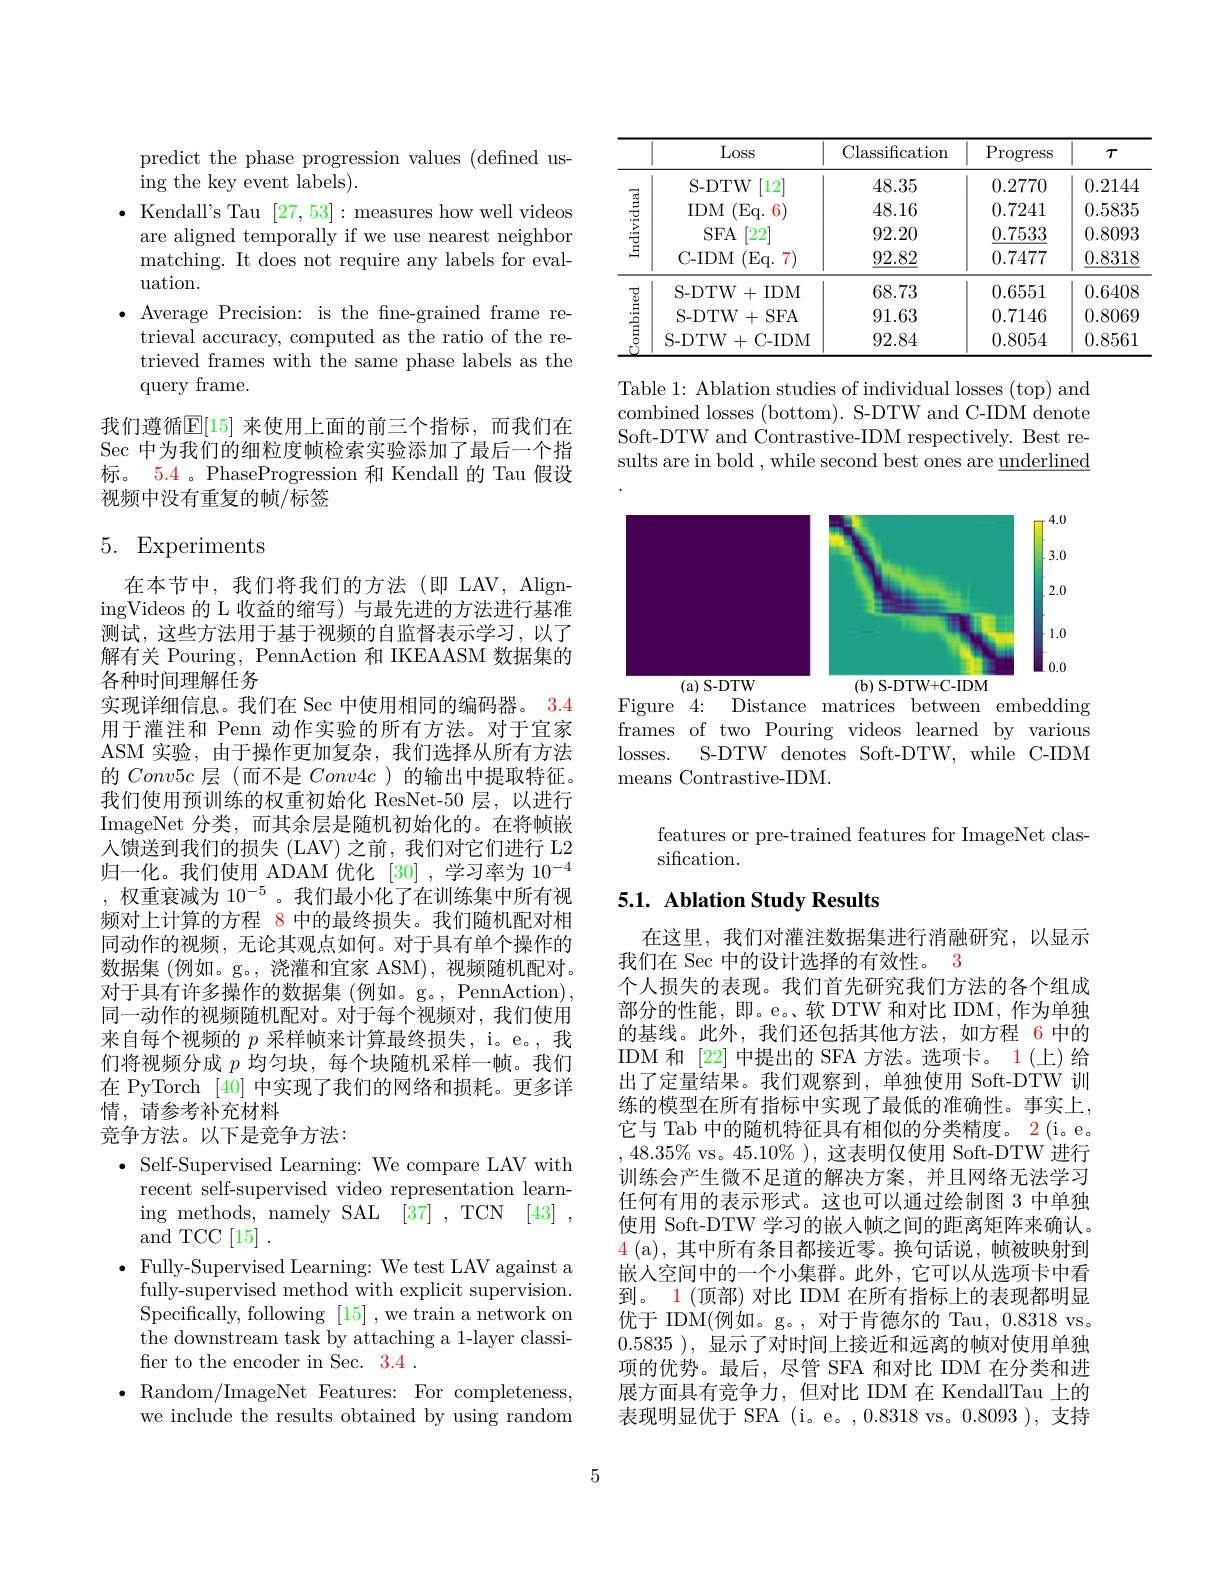
predict the phase progression values (defined us-
ing the key event labels).
$\bullet$ Kendall's Tau [27,53]: measures how well videos
are aligned temporally if we use nearest neighbor matching. It does not require any labels for evaluation.
$\bullet$ Average Precision: is the fne-grained frame re-
trieval accuracy, computed as the ratio of the retrieved frames with the same phase labels as the query frame.

我们遵循$\mathbb{E}[15]$ 来使用上面的前三个指标，而我们在Sec 中为我们的细粒度帧检索实验添加了最后一个指标。5.4 。PhaseProgression 和 Kendall 的 Tau 假设视频中没有重复的帧/标签

## 5. Experiments

在本节中，我们将我们的方法(即 LAV, AligningVideos 的 L 收益的缩写) 与最先进的方法进行基准测试，这些方法用于基于视频的自监督表示学习，以了解有关 Pouring, PennAction 和 IKEAASM 数据集的各种时间理解任务
实现详细信息。我们在 Sec 中使用相同的编码器。3.4用于灌注和 Penn 动作实验的所有方法。对于宜家ASM 实验，由于操作更加复杂，我们选择从所有方法的$Conv5c$层 (而不是$Conv4c$ )的输出中提取特征。我们使用预训练的权重初始化 ResNet-50 层，以进行ImageNet 分类，而其余层是随机初始化的。在将帧嵌人馈送到我们的损失 (LAV) 之前，我们对它们进行 L2归一化。我们使用 ADAM 优化 [30],学习率为 10$^{-4}$ ,权重衰减为$10^{-5}$。我们最小化了在训练集中所有视频对上计算的方程 8 中的最终损失。我们随机配对相同动作的视频，无论其观点如何。对于具有单个操作的数据集 (例如。g。, 浇灌和宜家 ASM), 视频随机配对。对于具有许多操作的数据集(例如。g。,PennAction), 同一动作的视频随机配对。对于每个视频对，我们使用来自每个视频的$p$采样帧来计算最终损失，i。e。,我们将视频分成$p$均匀块，每个块随机采样一帧。我们在 PyTorch [40]中实现了我们的网络和损耗。更多详情，请参考补充材料
竞争方法。以下是竞争方法：

$\bullet$ Self-Supervised Learning: We compare LAV with
recent self-supervised video representation learning methods, namely SAL [37] , TCN [43] , and TCC[15].
$\bullet$ Fully-Supervised Learning: We test LAV against a
fully-supervised method with explicit supervision. Specifically, following [15] , we train a network on the downstream task by attaching a 1-layer classifer to the encoder in Sec. 3.4 .
$\bullet$Random/ImageNet Features: For completeness,
we include the results obtained by using random

<table>
	<tbody>
		<tr>
			<th> </th>
			<th>Loss</th>
			<th>Classification</th>
			<th>$\operatorname{Progress}$</th>
			<th>$\tau$</th>
		</tr>
		<tr>
			<td rowspan="4">Individual</td>
			<td>S- DTW $12^{'}$</td>
			<td>48.35</td>
			<td>0.2770</td>
			<td>0.2144</td>
		</tr>
		<tr>
			<td>$IDM$ (Eq. 6</td>
			<td>48.16</td>
			<td>0.7241</td>
			<td>0.5835</td>
		</tr>
		<tr>
			<td>$SFA$ $\left\lceil22^{\circ}\right\rceil$</td>
			<td>92.20</td>
			<td>$\underline{0.7533}$</td>
			<td>0.8093</td>
		</tr>
		<tr>
			<td>C- IDM (Eq. 7)</td>
			<td>$\underline{92.82}$</td>
			<td>0.7477</td>
			<td>$\underline{0.8318}$</td>
		</tr>
		<tr>
			<td rowspan="3">ombined</td>
			<td>S-DTW+IDM</td>
			<td>68.73</td>
			<td>0.6551</td>
			<td>0.6408</td>
		</tr>
		<tr>
			<td>S- DTW+ SFA</td>
			<td>91.63</td>
			<td>0.7146</td>
			<td>0.8069</td>
		</tr>
		<tr>
			<td>S-DTW+C-IDM</td>
			<td>92.84</td>
			<td>0.8054</td>
			<td>0.8561</td>
		</tr>
	</tbody>
</table>

Table 1: Ablation studies of individual losses (top) and combined losses (bottom). S-DTW and C-IDM denote Soft-DTW and Contrastive-IDM respectively. Best results are in bold , while second best ones are underlined

<FigureHere>

Figure 4: Distance matrices between embedding frames of two Pouring videos learned by various losses.
S-DTW denotes Soft-DTW, while C-IDM
means Contrastive-IDM.

features or pre-trained features for ImageNet clas-
sification.

## 5.1. Ablation Study Results

在这里，我们对灌注数据集进行消融研究，以显示
我们在 Sec 中的设计选择的有效性。3
个人损失的表现。我们首先研究我们方法的各个组成部分的性能，即。e。软 DTW 和对比 IDM, 作为单独的基线。此外，我们还包括其他方法，如方程 6 中的IDM 和[22]中提出的 SFA 方法。选项卡。1(上)给出了定量结果。我们观察到，单独使用 Soft-DTW 训练的模型在所有指标中实现了最低的准确性。事实上， 它与 Tab 中的随机特征具有相似的分类精度。2(i。e。$,48.35\%$ vs。$45.10\%$ ),这表明仅使用 Soft-DTW 进行训练会产生微不足道的解决方案，并且网络无法学习任何有用的表示形式。这也可以通过绘制图 3 中单独使用 Soft-DTW 学习的嵌入帧之间的距离矩阵来确认。$\color{red}{4}\mathrm{~(a),~其中所有条目都接近零。换句话说，帧被映射到}$ 嵌人空间中的一个小集群。此外，它可以从选项卡中看到。1 (顶部) 对比 IDM 在所有指标上的表现都明显优于 IDM(例如。g。,对于肯德尔的 Tau, 0.8318 vs。0.5835 ), 显示了对时间上接近和远离的帧对使用单独项的优势。最后，尽管 SFA 和对比 IDM 在分类和进展方面具有竞争力，但对比 IDM 在 KendallTau 上的表现明显优于 SFA (i。e。,0.8318 vs。0.8093 ), 支持

5